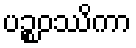
ပဉ္စဝဿိကာ